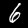
Label: 6